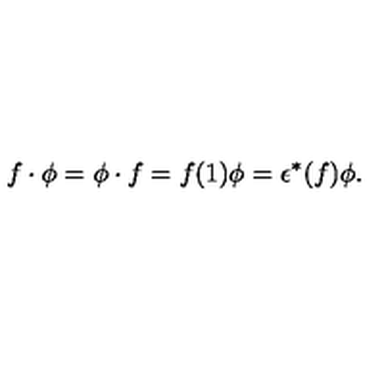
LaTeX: f \cdot \phi = \phi \cdot f = f ( 1 ) \phi = \epsilon ^ { * } ( f ) \phi .